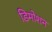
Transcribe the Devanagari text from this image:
डिमोशन